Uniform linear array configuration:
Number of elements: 8
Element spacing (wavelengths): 0.75
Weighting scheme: uniform
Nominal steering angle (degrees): -60
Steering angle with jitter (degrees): -59.285
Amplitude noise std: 0.05
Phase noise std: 0.05

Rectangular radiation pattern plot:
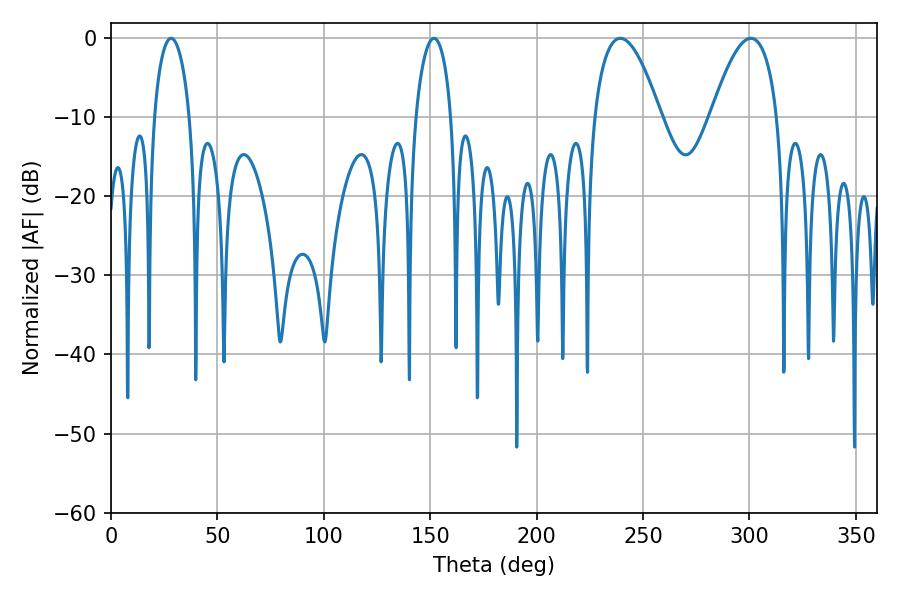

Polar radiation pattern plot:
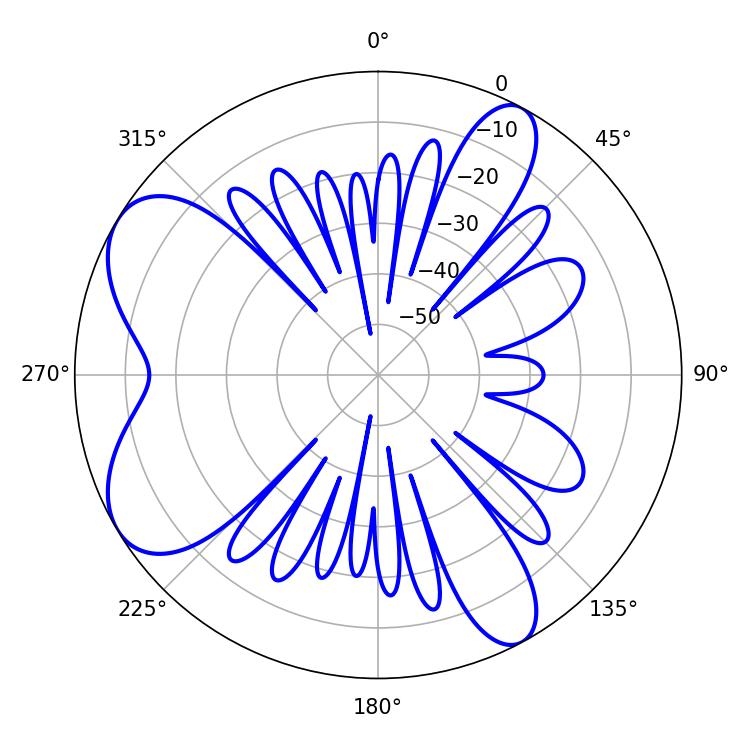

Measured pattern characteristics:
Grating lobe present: TRUE
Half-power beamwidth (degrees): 9.54
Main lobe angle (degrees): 28.26